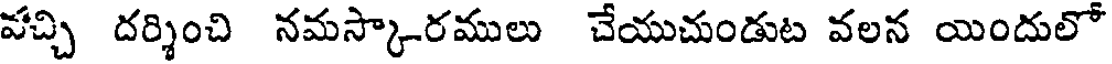
వచ్చి దర్శించి నమస్కారములు చేయుచుండుట వలన యిందులో